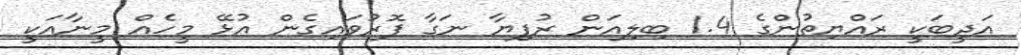
އަދީބަކީ ރައްޔިތުންގެ 1.4 ބިލިއަން ރުފިޔާ ނަގާ ފޮރުވައިގެން އުޅޭ މީހެއް މީނާއަކީ